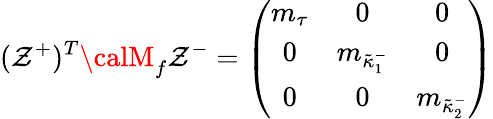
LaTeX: (\mathcal{Z}^{+})^{T}{\calM}_{f}\mathcal{Z}^{-}=\left(\begin{array}{ccc}{{m_{\tau}}}&{{0}}&{{0}}\\ {{0}}&{{m_{\tilde{\kappa}_{1}^{-}}}}&{{0}}\\ {{0}}&{{0}}&{{m_{\tilde{\kappa}_{2}^{-}}}}\end{array}\right)